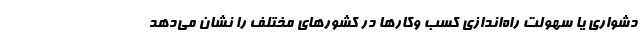
دشواری یا سهولت راه‌اندازی کسب وکارها در کشورهای مختلف را نشان می‌دهد